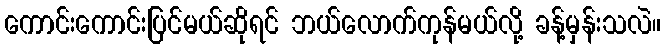
ကောင်းကောင်းပြင်မယ်ဆိုရင် ဘယ်လောက်ကုန်မယ်လို့ ခန့်မှန်းသလဲ။